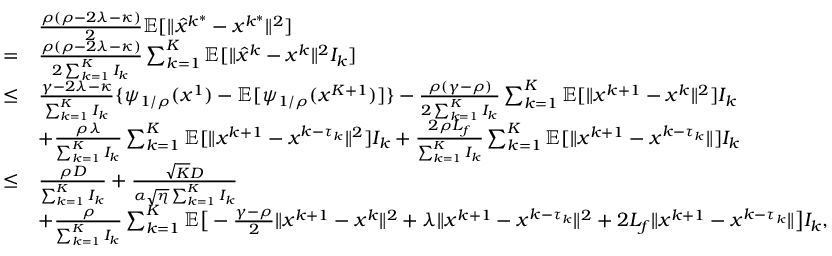
\begin{array} { r l } & { \frac { \rho ( \rho - 2 \lambda - \kappa ) } { 2 } \mathbb { E } [ \| \hat { x } ^ { k ^ { \ast } } - x ^ { k ^ { \ast } } \| ^ { 2 } ] } \\ { = } & { \frac { \rho ( \rho - 2 \lambda - \kappa ) } { 2 \sum _ { k = 1 } ^ { K } I _ { k } } \sum _ { k = 1 } ^ { K } \mathbb { E } [ \| \hat { x } ^ { k } - x ^ { k } \| ^ { 2 } I _ { k } ] } \\ { \leq } & { \frac { \gamma - 2 \lambda - \kappa } { \sum _ { k = 1 } ^ { K } I _ { k } } \{ \psi _ { 1 / \rho } ( x ^ { 1 } ) - \mathbb { E } [ \psi _ { 1 / \rho } ( x ^ { K + 1 } ) ] \} - \frac { \rho ( \gamma - \rho ) } { 2 \sum _ { k = 1 } ^ { K } I _ { k } } \sum _ { k = 1 } ^ { K } \mathbb { E } [ \| x ^ { k + 1 } - x ^ { k } \| ^ { 2 } ] I _ { k } } \\ & { + \frac { \rho \lambda } { \sum _ { k = 1 } ^ { K } I _ { k } } \sum _ { k = 1 } ^ { K } \mathbb { E } [ \| x ^ { k + 1 } - x ^ { k - \tau _ { k } } \| ^ { 2 } ] I _ { k } + \frac { 2 \rho L _ { f } } { \sum _ { k = 1 } ^ { K } I _ { k } } \sum _ { k = 1 } ^ { K } \mathbb { E } [ \| x ^ { k + 1 } - x ^ { k - \tau _ { k } } \| ] I _ { k } } \\ { \leq } & { \frac { \rho D } { \sum _ { k = 1 } ^ { K } I _ { k } } + \frac { \sqrt { K } D } { \alpha \sqrt { \eta } \sum _ { k = 1 } ^ { K } I _ { k } } } \\ & { + \frac { \rho } { \sum _ { k = 1 } ^ { K } I _ { k } } \sum _ { k = 1 } ^ { K } \mathbb { E } \big [ - \frac { \gamma - \rho } { 2 } \| x ^ { k + 1 } - x ^ { k } \| ^ { 2 } + \lambda \| x ^ { k + 1 } - x ^ { k - \tau _ { k } } \| ^ { 2 } + 2 L _ { f } \| x ^ { k + 1 } - x ^ { k - \tau _ { k } } \| \big ] I _ { k } , } \end{array}